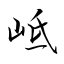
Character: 岻